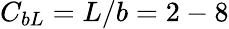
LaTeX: C_{bL}=L/b=2-8